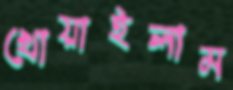
খোয়াইলাম